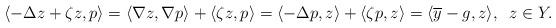
LaTeX: \begin{align*}\langle -\Delta z+\zeta z, p \rangle = \langle \nabla z, \nabla p \rangle + \langle\zeta z, p \rangle= \langle -\Delta p, z \rangle+ \langle\zeta p, z \rangle= \langle \overline{y}-g, z \rangle, \;\; z\in Y. \end{align*}